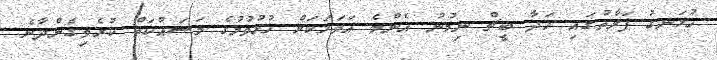
ހުޅަނގު ފަރާތުގައި ހަދާ ބީޗް ނިމުނު އެންމެ އަވަހަކަށް ހުޅުވުމުގެ މަސައްކަތް ކުރެވިގެންދާނެ